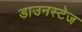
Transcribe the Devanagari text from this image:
डाउनस्टेज